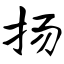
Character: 扬